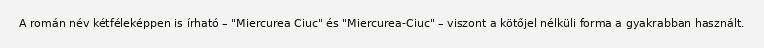
A román név kétféleképpen is írható – "Miercurea Ciuc" és "Miercurea-Ciuc" – viszont a kötőjel nélküli forma a gyakrabban használt.